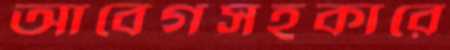
আবেগসহকারে